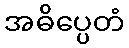
အဓိပ္ပေတံ